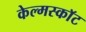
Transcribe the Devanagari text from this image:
केल्मस्काॅट